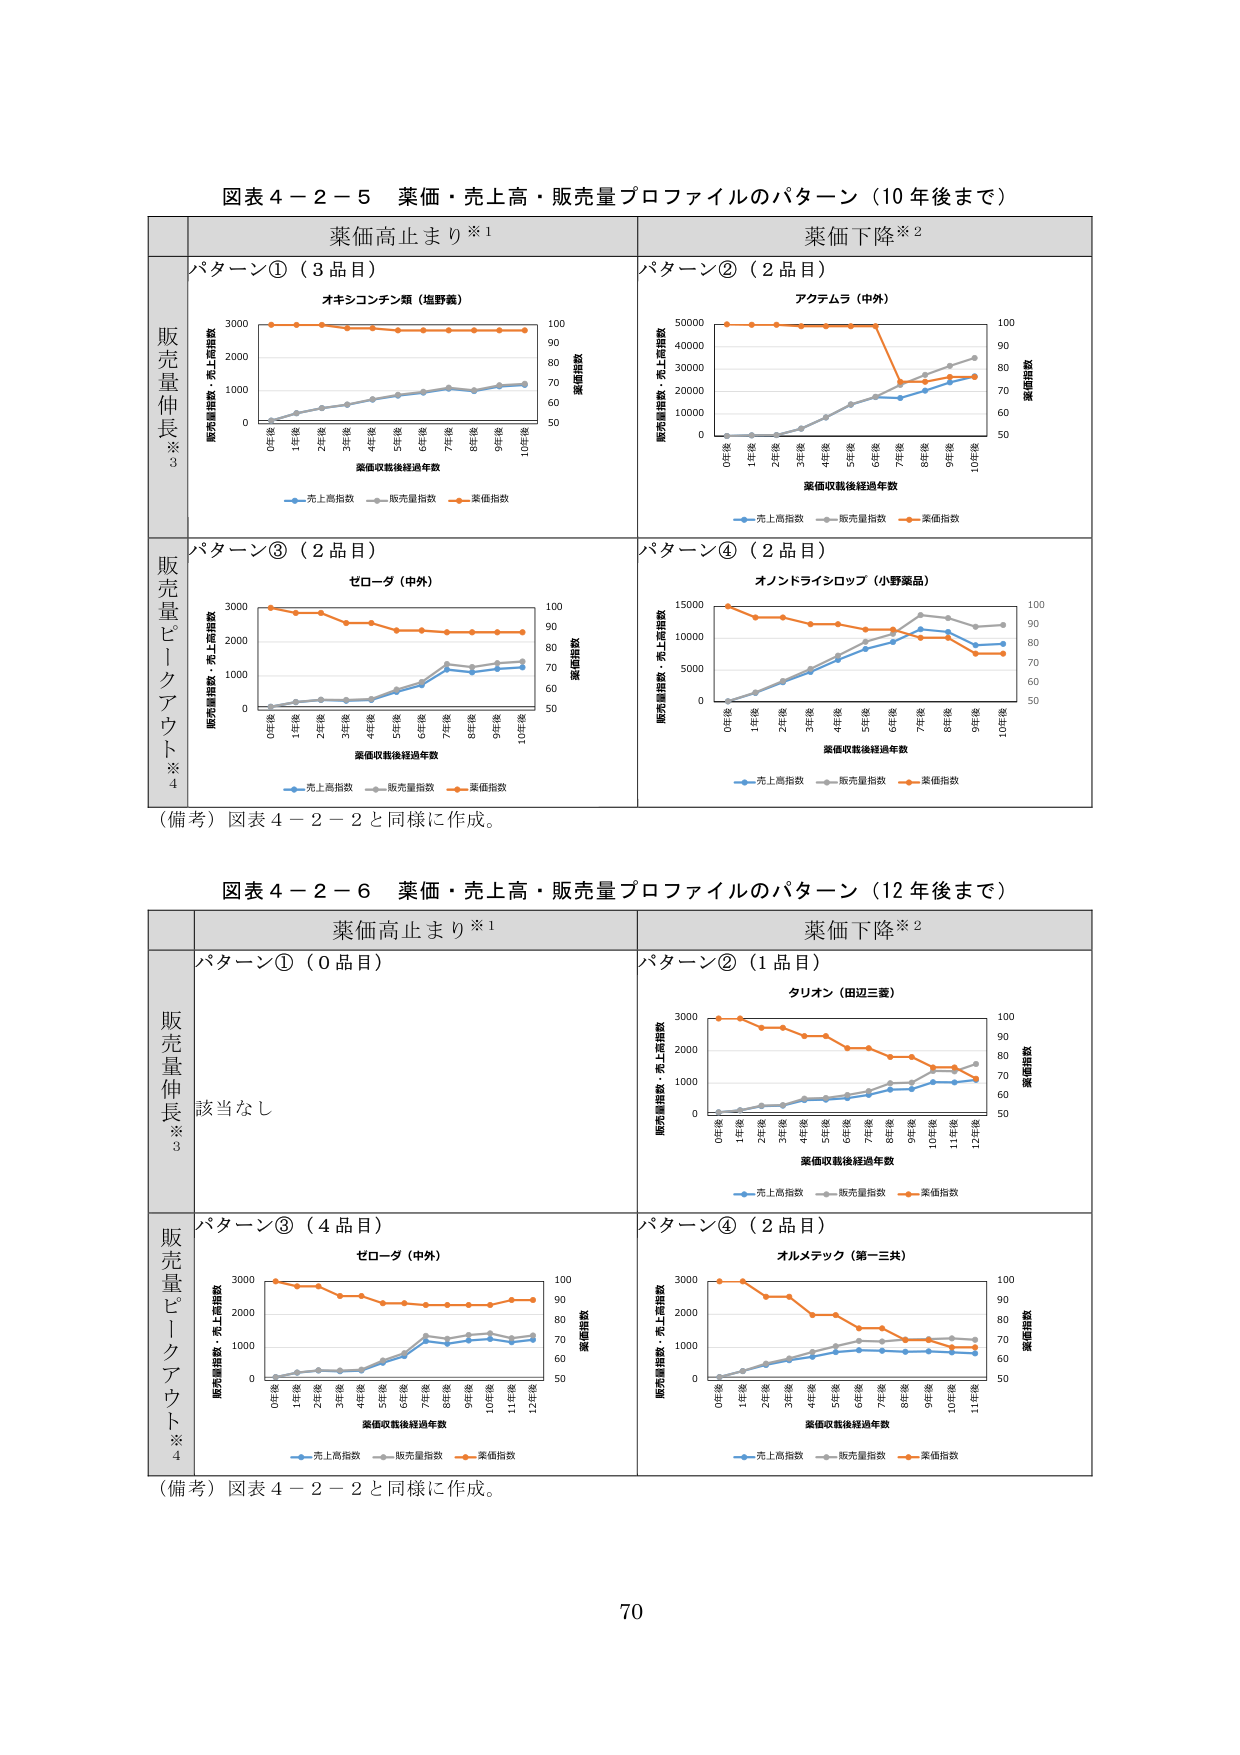
図表４－２－５ 薬価・売上高・販売量プロファイルのパターン（10年後まで）

薬価高止まり※1　　　　　　　　　　　　　　　　　薬価下降※2

販売量伸長※3

パターン①（3品目）　　　　　　　　　　　　　　　パターン②（2品目）

オキシコンチン類（塩野義）　　　　　　　　　　　アクテムラ（中外）

販売量指数・売上高指数　　　　　　　　　　　　　販売量指数・売上高指数

3000　　　　　　　　　　　　　　　　　　　　　　50000

2000　　　　　　　　　　　　　　　　　　　　　　40000

1000　　　　　　　　　　　　　　　　　　　　　　30000

0　　　　　　　　　　　　　　　　　　　　　　　20000

　　　　　　　　　　　　　　　　　　　　　　　　10000

　　　　　　　　　　　　　　　　　　　　　　　　　0

0年後　1年後　2年後　3年後　4年後　5年後　6年後　7年後　8年後　9年後　10年後　　0年後　1年後　2年後　3年後　4年後　5年後　6年後　7年後　8年後　9年後　10年後

薬価収載後経過年数　　　　　　　　　　　　　　薬価収載後経過年数

薬価指数　　　　　　　　　　　　　　　　　　　　薬価指数

100　　　　　　　　　　　　　　　　　　　　　　100

90　　　　　　　　　　　　　　　　　　　　　　　90

80　　　　　　　　　　　　　　　　　　　　　　　80

70　　　　　　　　　　　　　　　　　　　　　　　70

60　　　　　　　　　　　　　　　　　　　　　　　60

50　　　　　　　　　　　　　　　　　　　　　　　50

売上高指数　販売量指数　薬価指数　　　　　　　　売上高指数　販売量指数　薬価指数

販売量ピーグアウト※4

パターン③（2品目）　　　　　　　　　　　　　　　パターン④（2品目）

ゼローダ（中外）　　　　　　　　　　　　　　　　オノンドライシロップ（小野薬品）

販売量指数・売上高指数　　　　　　　　　　　　　販売量指数・売上高指数

3000　　　　　　　　　　　　　　　　　　　　　　15000

2000　　　　　　　　　　　　　　　　　　　　　　10000

1000　　　　　　　　　　　　　　　　　　　　　　5000

0　　　　　　　　　　　　　　　　　　　　　　　　0

0年後　1年後　2年後　3年後　4年後　5年後　6年後　7年後　8年後　9年後　10年後　　0年後　1年後　2年後　3年後　4年後　5年後　6年後　7年後　8年後　9年後　10年後

薬価収載後経過年数　　　　　　　　　　　　　　薬価収載後経過年数

薬価指数　　　　　　　　　　　　　　　　　　　　薬価指数

100　　　　　　　　　　　　　　　　　　　　　　100

90　　　　　　　　　　　　　　　　　　　　　　　90

80　　　　　　　　　　　　　　　　　　　　　　　80

70　　　　　　　　　　　　　　　　　　　　　　　70

60　　　　　　　　　　　　　　　　　　　　　　　60

50　　　　　　　　　　　　　　　　　　　　　　　50

売上高指数　販売量指数　薬価指数　　　　　　　　売上高指数　販売量指数　薬価指数

（備考）図表４－２－２と同様に作成。

図表４－２－６ 薬価・売上高・販売量プロファイルのパターン（12年後まで）

薬価高止まり※1　　　　　　　　　　　　　　　　　薬価下降※2

販売量伸長※3

パターン①（0品目）　　　　　　　　　　　　　　　パターン②（1品目）

該当なし　　　　　　　　　　　　　　　　　　　　タリオン（田辺三菱）

販売量指数・売上高指数

3000

2000

1000

0

0年後　1年後　2年後　3年後　4年後　5年後　6年後　7年後　8年後　9年後　10年後　11年後　12年後

薬価収載後経過年数

薬価指数

100

90

80

70

60

50

売上高指数　販売量指数　薬価指数

販売量ピーグアウト※4

パターン③（4品目）　　　　　　　　　　　　　　　パターン④（2品目）

ゼローダ（中外）　　　　　　　　　　　　　　　　オルメテック（第一三共）

販売量指数・売上高指数　　　　　　　　　　　　　販売量指数・売上高指数

3000　　　　　　　　　　　　　　　　　　　　　　3000

2000　　　　　　　　　　　　　　　　　　　　　　2000

1000　　　　　　　　　　　　　　　　　　　　　　1000

0　　　　　　　　　　　　　　　　　　　　　　　　0

0年後　1年後　2年後　3年後　4年後　5年後　6年後　7年後　8年後　9年後　10年後　11年後　　0年後　1年後　2年後　3年後　4年後　5年後　6年後　7年後　8年後　9年後　10年後　11年後

薬価収載後経過年数　　　　　　　　　　　　　　薬価収載後経過年数

薬価指数　　　　　　　　　　　　　　　　　　　　薬価指数

100　　　　　　　　　　　　　　　　　　　　　　100

90　　　　　　　　　　　　　　　　　　　　　　　90

80　　　　　　　　　　　　　　　　　　　　　　　80

70　　　　　　　　　　　　　　　　　　　　　　　70

60　　　　　　　　　　　　　　　　　　　　　　　60

50　　　　　　　　　　　　　　　　　　　　　　　50

売上高指数　販売量指数　薬価指数　　　　　　　　売上高指数　販売量指数　薬価指数

（備考）図表４－２－２と同様に作成。

70